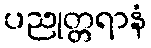
ပညုတ္တရာနံ